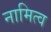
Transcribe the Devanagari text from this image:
नामित्व